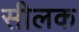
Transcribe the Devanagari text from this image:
सीलक